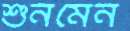
শুনমেন